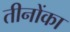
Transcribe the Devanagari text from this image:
तीनोंका